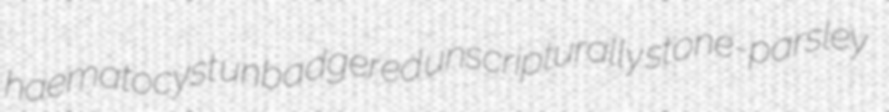
haematocyst unbadgered unscripturally stone-parsley